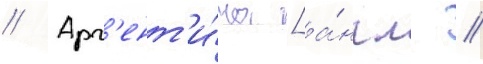
// Арг'ент'и́на [а́нгл. //